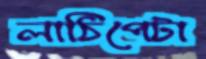
লাঠিপেটা